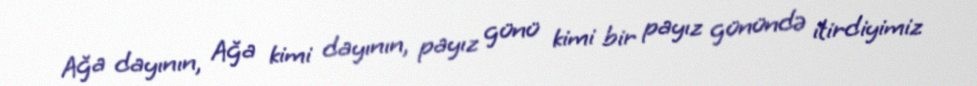
Ağa dayının, Ağa kimi dayının, payız günü kimi bir payız günündə itirdiyimiz